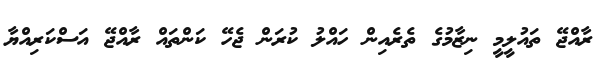
ރާއްޖޭ ތައުލީމީ ނިޒާމުގެ ތެރެއިން ހައްލު ކުރަން ޖެހޭ ކަންތައް ރާއްޖޭ އަސްކަރިއްޔާ